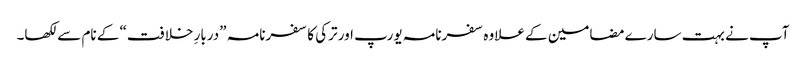
آپ نے بہت سارے مضامین کے علاوہ سفرنامہ یورپ اور ترکی کا سفرنامہ ”دربارِ خلافت“ کے نام سے لکھا۔